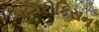
પાયરોકિસન